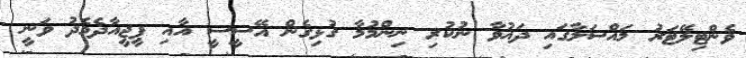
ވެންޓިލޭޓަރު މައްސަލާގައި ދައުވާ ނުކުރި ނިންމުމާ ގުޅިގެން އޭސީސީ އާއި ޕީޖީއާދެމެދު ވަނީ